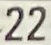
22